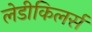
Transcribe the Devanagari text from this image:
लेडीकिलर्स